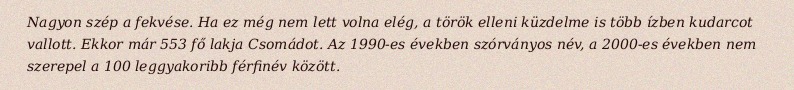
Nagyon szép a fekvése. Ha ez még nem lett volna elég, a török elleni küzdelme is több ízben kudarcot vallott. Ekkor már 553 fő lakja Csomádot. Az 1990-es években szórványos név, a 2000-es években nem szerepel a 100 leggyakoribb férfinév között.